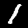
Label: 1